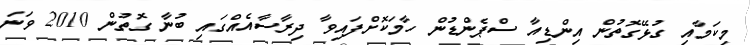
މިކަމާއި ގުޅޭގޮތުން އިންޑިއާ ސްޕެންޑުން ހާމަކޮށްފައިވާ ދިރާސާއެއްގައި ބުނާ ގޮތުން 2010 ވަނަ